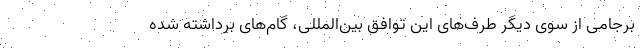
برجامی از سوی دیگر طرف‌های این توافق بین‌المللی، گام‌های برداشته شده